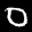
Label: 0